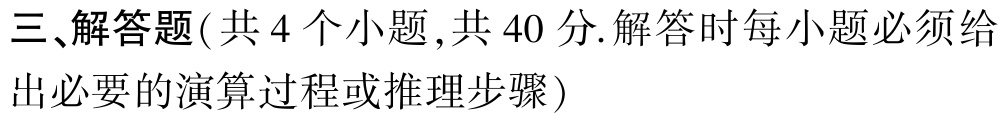
三、解答题(共 4 个小题 ,共 40 分.解答时每小题必须给出必要的演算过程或推理步骤)